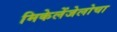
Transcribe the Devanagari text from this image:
मिकेलेंजेलोचा